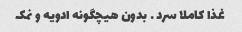
غذا کاملا سرد … بدون هیچگونه ادویه و نمک